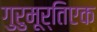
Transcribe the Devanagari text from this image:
गुरुमूर्तिएक